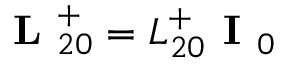
\textbf { L } _ { 2 0 } ^ { + } = L _ { 2 0 } ^ { + } \textbf { I } _ { 0 }